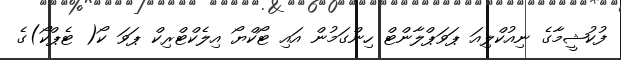
ފުކުޝީމާގެ ނިއުކްލިއަ ޕަވަޕްލާންޓް ހިންގަމުން އައި ޓޯކްޔޯ އިލެކްޓްރިކް ޕަވަ ކޯ( ޓެޕްކޯ)ގެ